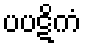
ပပဋိကံ